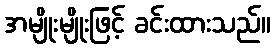
အမျိုးမျိုးဖြင့် ခင်းထားသည်။